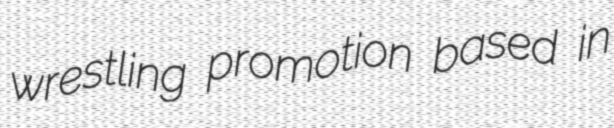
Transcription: wrestling promotion based in